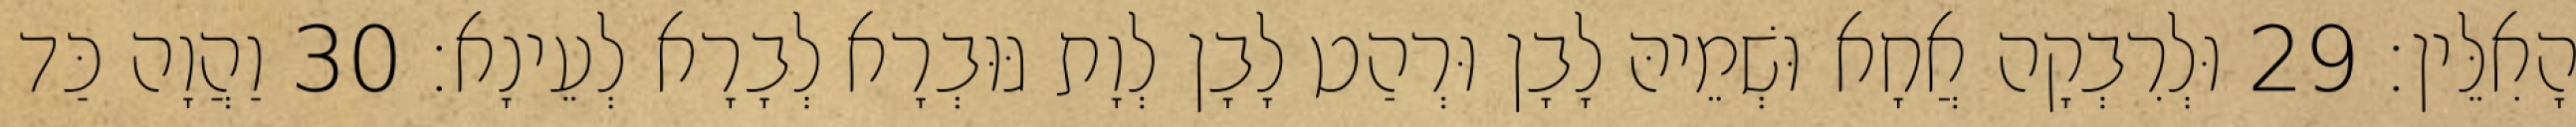
הָאִלֵּין׃ 29 וּלְרִבְקָה אֲחָא וּשְׁמֵיהּ לָבָן וּרְהַט לָבָן לְוָת גּוּבְרָא לְבָרָא לְעֵינָא׃ 30 וַהֲוָה כַּד